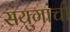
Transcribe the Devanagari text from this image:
संयुगांची